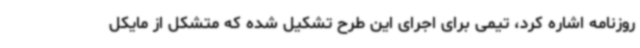
روزنامه اشاره کرد، تیمی برای اجرای این طرح تشکیل شده که متشکل از مایکل